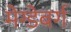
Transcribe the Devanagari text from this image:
मेग्डेबर्ग